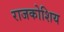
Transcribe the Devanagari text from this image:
राजकोशिय